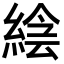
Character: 𦁌